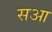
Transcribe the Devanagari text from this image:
सआ